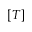
[ T ]